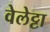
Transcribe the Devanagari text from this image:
वेलेट्टा